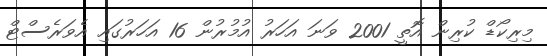
މިރިކޯޑް ކުރިން އޮތީ 2001 ވަނަ އަހަރު އުމުރުން 16 އަހަރުގައި އެވަރެސްޓް